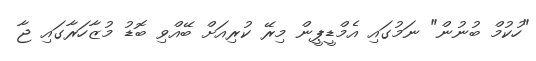
"ހުކުމް ބުނުން" ނަމުގައި އެމްޑީޕީން މިރޭ ކުރިއަށް ބޭއްވި ބޮޑު މުޒާހަރާގައި ޖާ